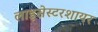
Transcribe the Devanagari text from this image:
लाइसेस्टरशायर